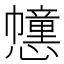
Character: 𢤖